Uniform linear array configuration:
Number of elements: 64
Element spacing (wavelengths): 0.5
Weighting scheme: hamming
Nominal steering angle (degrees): -15
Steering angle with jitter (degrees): -14.17
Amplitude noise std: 0.05
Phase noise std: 0.05

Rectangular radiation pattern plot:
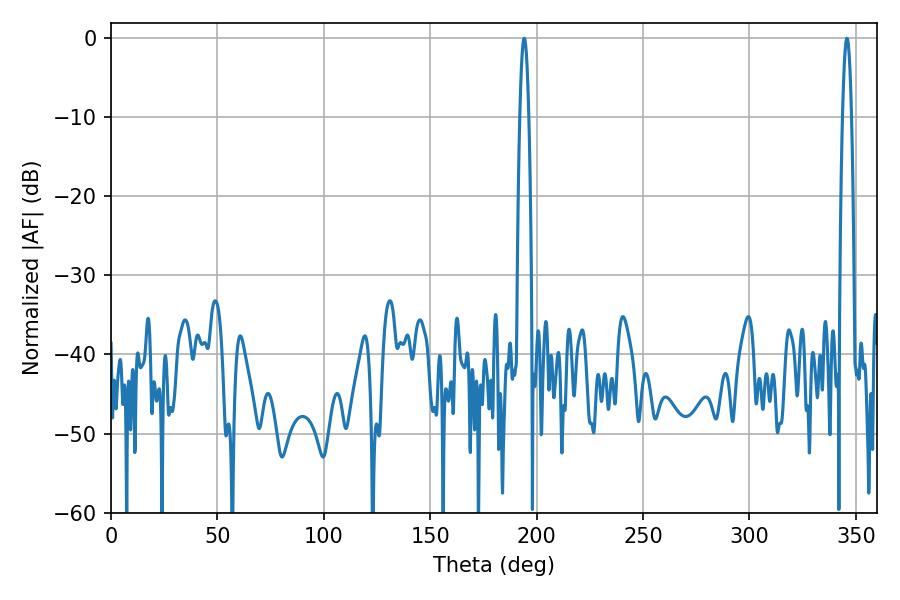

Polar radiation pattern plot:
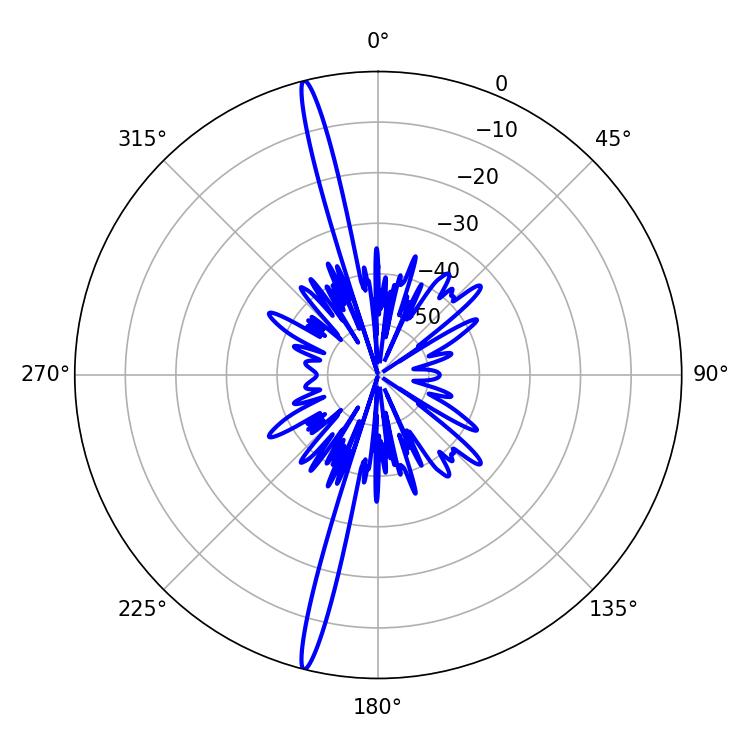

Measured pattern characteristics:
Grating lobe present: FALSE
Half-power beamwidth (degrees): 2.34
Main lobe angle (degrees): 194.22